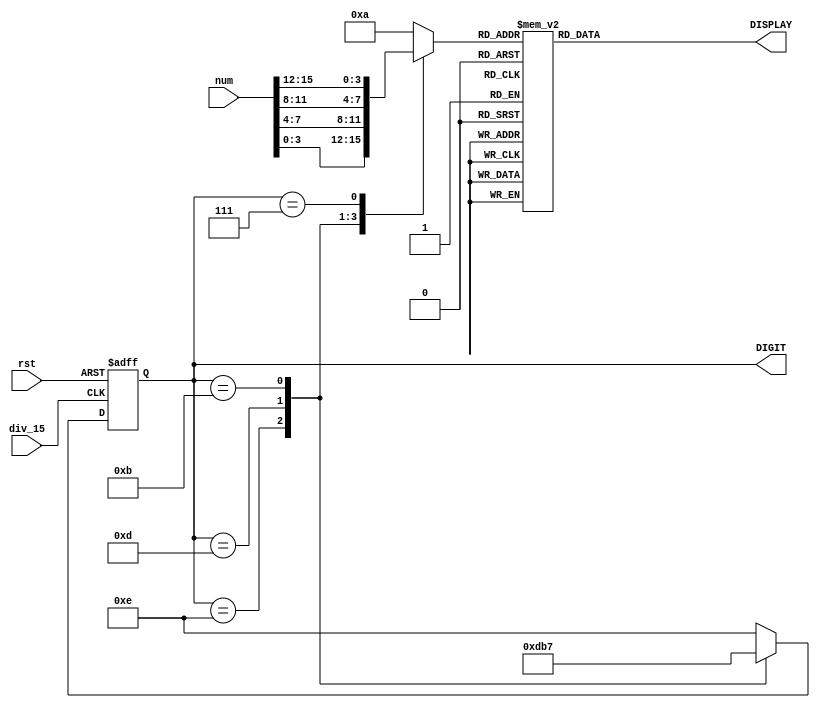
module Seven_segment (
    input rst,
    input div_15,
    input [15:0] num,
    output reg [6:0] DISPLAY,
    output reg [3:0] DIGIT
);
    reg [3:0] display_num;

    always @(posedge div_15 or posedge rst) begin
        if(rst) DIGIT <= 4'b1111;
        else begin
            case (DIGIT)
                4'b1110: DIGIT <= 4'b1101;
                4'b1101: DIGIT <= 4'b1011;
                4'b1011: DIGIT <= 4'b0111;
                4'b0111: DIGIT <= 4'b1110;
                default: DIGIT <= 4'b1110;
            endcase
        end
    end

    always @(*) begin
        case (DIGIT)
            4'b1110: display_num = num[3:0];
            4'b1101: display_num = num[7:4];
            4'b1011: display_num = num[11:8];
            4'b0111: display_num = num[15:12];
            default: display_num = 4'd10;
        endcase
    end

    always @(*) begin
        case (display_num)
            4'd0:    DISPLAY = 7'b1000000;
			4'd1:    DISPLAY = 7'b1111001;
			4'd2:    DISPLAY = 7'b0100100;
			4'd3:    DISPLAY = 7'b0110000;
			4'd4:    DISPLAY = 7'b0011001;
			4'd5:    DISPLAY = 7'b0010010;
			4'd6:    DISPLAY = 7'b0000010;
			4'd7:    DISPLAY = 7'b1111000;
			4'd8:    DISPLAY = 7'b0000000;
			4'd9:    DISPLAY = 7'b0010000;
			4'd10:   DISPLAY = 7'b0111111; //'-'
            default: DISPLAY = 7'b0111111;
        endcase
    end
    
endmodule